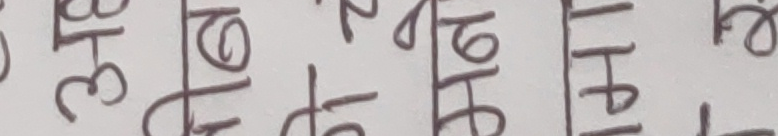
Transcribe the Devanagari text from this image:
३७
७ाठ
१०
१७७
१५१